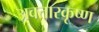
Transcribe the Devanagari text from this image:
अवतारकृष्ण